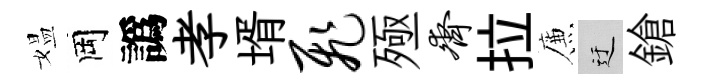
媪岡譌孝壻飞殛齐拉簾迂鎗